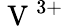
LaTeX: \mathrm{~V~}^{3+}